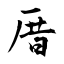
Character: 厝